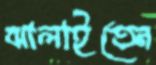
ঝালাইতেন